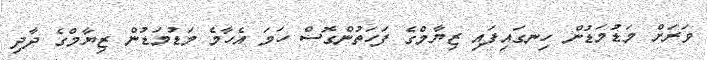
ވަރަށް މަޑުމަޑުން ހިނގައިފައި ޒިޔާމްގެ ފަހަތުންގޮސް ހަމަ އެހާމެ މަޑުމަޑުން ޒިޔާމްގެ ދާދި